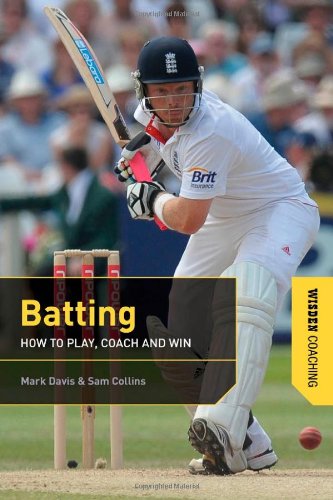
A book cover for Batting (Wisden Coaching); Mark Davis; Sports & Outdoors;